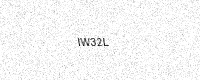
Text: IW32L